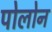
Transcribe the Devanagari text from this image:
पोलोन